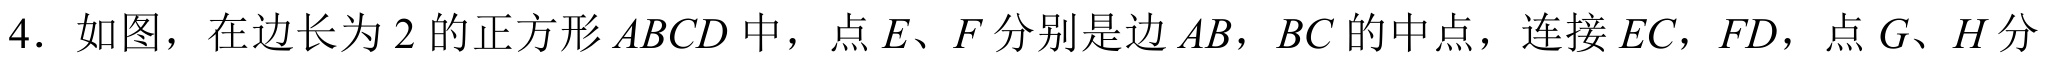
4. 如图，在边长为\(2\)的正方形\(ABCD\)中，点\(E\)、\(F\)分别是边\(AB\)，\(BC\)的中点，连接\(EC\)，\(FD\)，点\(G\)、\(H\)分